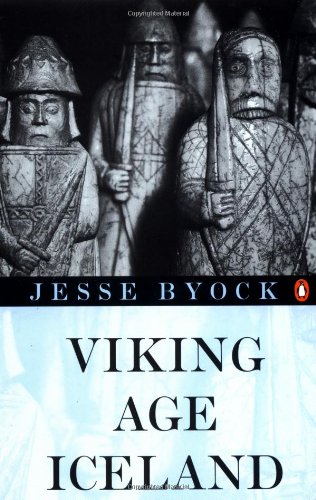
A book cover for Viking Age Iceland; Jesse L. Byock; History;